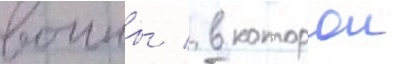
воины / в которои